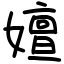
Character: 嬗